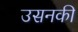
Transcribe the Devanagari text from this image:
उसनकी